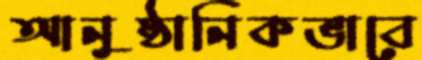
আনুষ্ঠানিকভাবে